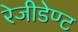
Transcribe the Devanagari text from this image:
रेजीडेण्ट